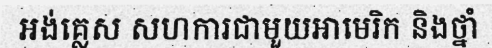
អង់គ្លេស សហការជាមួយអាមេរិក និងថ្នាំ